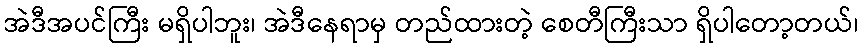
အဲဒီအပင်ကြီး မရှိပါဘူး၊ အဲဒီနေရာမှ တည်ထားတဲ့ စေတီကြီးသာ ရှိပါတော့တယ်၊